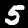
Digit: 5